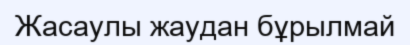
Жасаулы жаудан бұрылмай